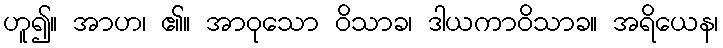
ဟူ၍။ အာဟ၊ ၏။ အာဝုသော ဝိသာခ၊ ဒါယကာဝိသာခ။ အရိယေန၊